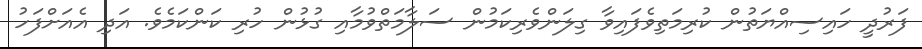
ފަރުދީ ހައިސިއްޔަތުން ކުރިމަތިވެފައިވާ ގިލަންވެރިކަމުން ސަލާމަތްވުމާއި ގުޅުން ހުރި ކަންކަމެވެ. އަދި އެއަށްފަހު